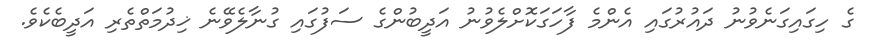
ގެ ހިގައިގަނެވުނު ދައުރުގައި އެންމެ ފާހަގަކޮށްލެވުނު އަދީބުންގެ ސަފުގައި ގުނާލެވޭނެ ޚިދުމަތްތެރި އަދީބެކެވެ.